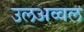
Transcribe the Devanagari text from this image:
उलअव्वल